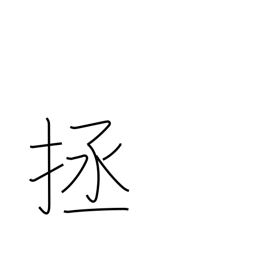
Meaning: help